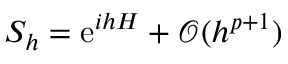
S _ { h } = \ensuremath { \mathrm { e } } ^ { i h H } + \mathcal { O } ( h ^ { p + 1 } )